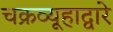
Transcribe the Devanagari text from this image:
चक्रव्यूहाद्वारे